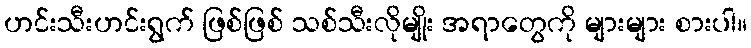
ဟင်းသီးဟင်းရွက် ဖြစ်ဖြစ် သစ်သီးလိုမျိုး အရာတွေကို များများ စားပါ။